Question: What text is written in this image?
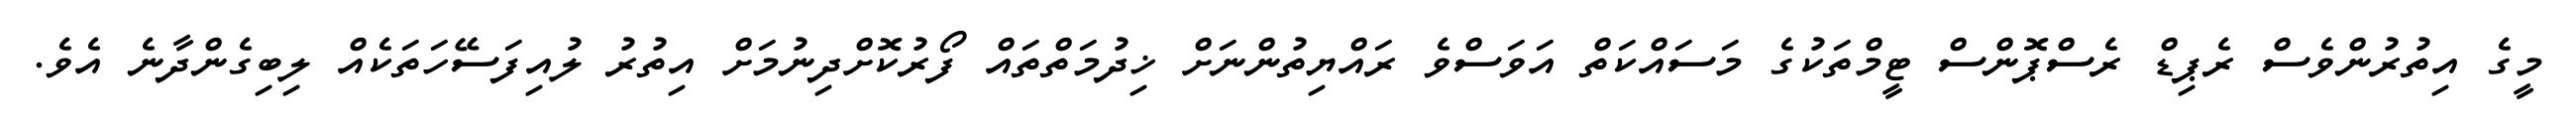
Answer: މީގެ އިތުރުންވެސް ރެޕިޑް ރެސްޕޮންސް ޓީމްތަކުގެ މަސައްކަތް އަވަސްވެ ރައްޔިތުންނަށް ޚިދުމަތްތައް ފޯރުކޮށްދިނުމަށް އިތުރު ލުއިފަސޭހަތަކެއް ލިބިގެންދާނެ އެވެ.